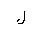
Letter: _lam